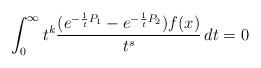
LaTeX: \begin{align*}\int_0^\infty t^k\frac{(e^{-\frac{1}{t}P_1}-e^{-\frac{1}{t}P_2})f(x)}{t^{s}}\,dt=0\end{align*}